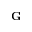
\mathbf { G }